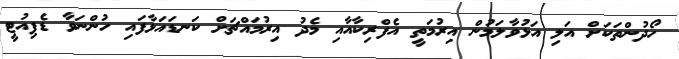
ހޯދުންތަކަށް އަލި އަޅުވާލަމުން އިރުމަތީ އެފްރިކާއާއި މެދު އިރުމައްޗަށް ކަނޑައަޅާފައި ހުންނަވާ ޑެޕިއުޓީ